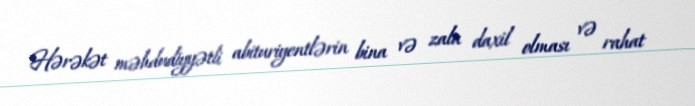
Hərəkət məhdudiyyətli abituriyentlərin bina və zala daxil olması və rahat